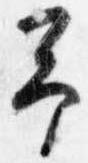
予